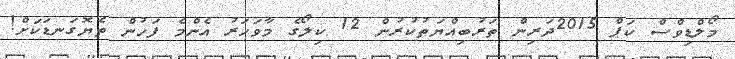
މޯލްޑިވްސް ކަޕް 2015ދަރިން ތަރުބިއްޔަތުކުރުން 12 ކިލޯގެ މާވަހަރު އެންމެ ފަހުން ތެޔޮގަނޑަކަށް!